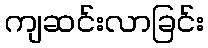
ကျဆင်းလာခြင်း